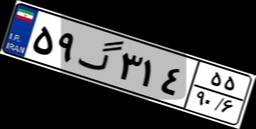
۵۹گ۳۱۴۵۵